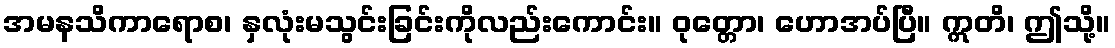
အမနသိကာရောစ၊ နှလုံးမသွင်းခြင်းကိုလည်းကောင်း။ ဝုတ္တော၊ ဟောအပ်ပြီ။ ဣတိ၊ ဤသို့။